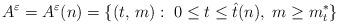
LaTeX: \begin{align*}A^\varepsilon=A^\varepsilon(n)=\{(t,\, m):\; 0\le t\le \hat t(n), \; m\ge m^*_t\}\end{align*}